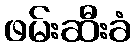
ဖမ်းဆီးခံ